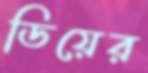
ডিয়ের